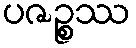
ပဇဉ္စဿ